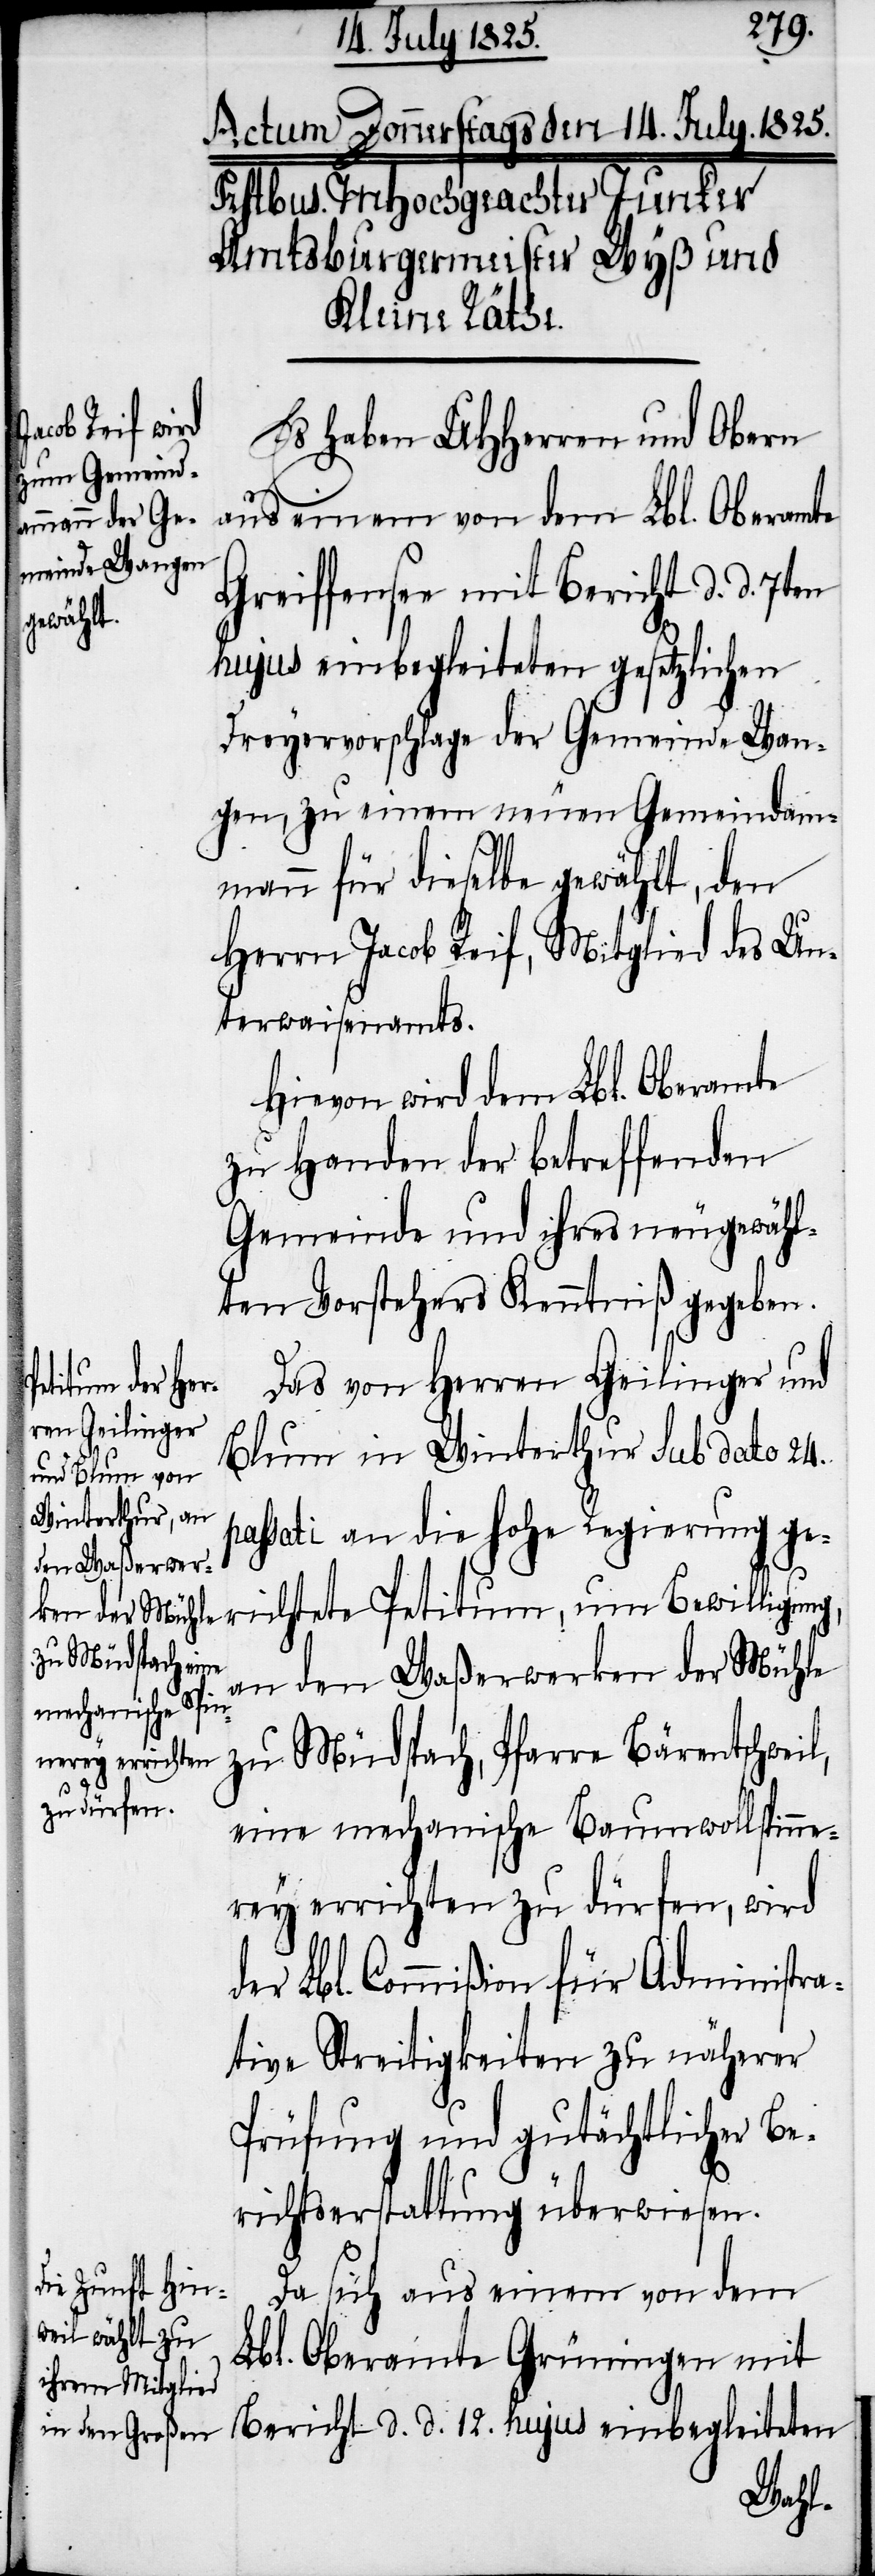
Es haben UHHerren und Obern
aus einem von dem Lbl. Oberamte
Greiffensee mit Bericht d. d. 7ten
hujus einbegleiteten gesetzlichen
Dreyervorschlage der Gemeinde Wan¬
gen, zu einem neuen Gemeindam¬
mann für dieselbe gewählt, den
Herrn Jacob Reif, Mitglied des Un¬
terwaisenamts.
Hievon wird dem Lbl. Oberamte
zu Handen der betreffenden
Gemeinde und ihres neugewähl¬
ten Vorstehers Kenntniß gegeben.
Das von Herren Geilinger und
Blum in Winterthur sub dato 24.
passati an die hohe Regierung ge¬
richtete Petitum, um Bewilligung,
an den Waßerwerken der Mühle
zu Müdspach, Pfarre Bärentschweil,
eine mechanische Baumwollspinne¬
rey errichten zu dürfen, wird
der Lbl. Commißion für Administra¬
tive Streitigkeiten zu näherer
Prüfung und gutächtlicher Be¬
richtserstattung überwiesen.
Da sich aus einem von dem
Lbl. Oberamte Grüningen mit
Bericht d. d. 12. hujus einbegleiteten